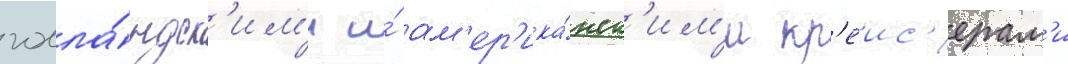
голла́ндск'им'и и́ ам'ер'ика́нск'им'и кр'еис'ерам'и